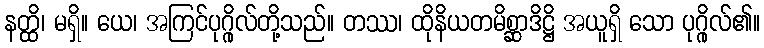
နတ္ထိ၊ မရှိ။ ယေ၊ အကြင်ပုဂ္ဂိုလ်တို့သည်။ တဿ၊ ထိုနိယတမိစ္ဆာဒိဋ္ဌိ အယူရှိ သော ပုဂ္ဂိုလ်၏။